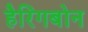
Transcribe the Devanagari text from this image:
हैरिंगबोन